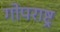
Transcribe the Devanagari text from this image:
गोपराष्ट्र